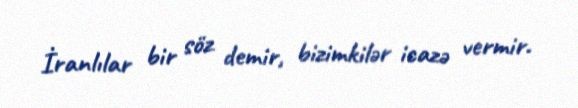
İranlılar bir söz demir, bizimkilər icazə vermir.